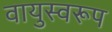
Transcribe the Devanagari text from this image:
वायुस्वरूप